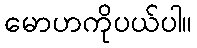
မောဟကိုပယ်ပါ။